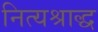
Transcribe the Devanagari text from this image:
नित्यश्राद्ध